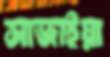
সাজাইয়া